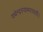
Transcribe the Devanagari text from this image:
यथेन्‍द्रस्‍यामरावती।